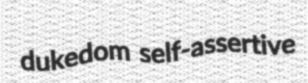
dukedom self-assertive